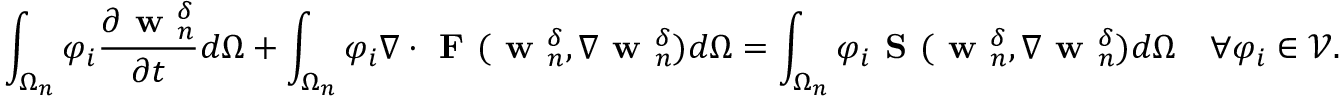
\int _ { \Omega _ { n } } \varphi _ { i } \frac { \partial { \textbf { w } _ { n } ^ { \delta } } } { \partial { t } } d \Omega + \int _ { \Omega _ { n } } \varphi _ { i } \nabla \cdot \textbf { F } ( \textbf { w } _ { n } ^ { \delta } , \nabla \textbf { w } _ { n } ^ { \delta } ) d \Omega = \int _ { \Omega _ { n } } \varphi _ { i } \textbf { S } ( \textbf { w } _ { n } ^ { \delta } , \nabla \textbf { w } _ { n } ^ { \delta } ) d \Omega \quad \forall \varphi _ { i } \in \mathcal { V } .